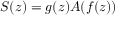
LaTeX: S ( z ) = g ( z ) A ( f ( z ) )